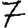
Digit: 7